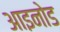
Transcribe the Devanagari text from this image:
आइनोड